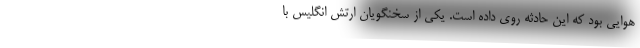
هوایی بود که این حادثه روی داده است. یکی از سخنگویان ارتش انگلیس با